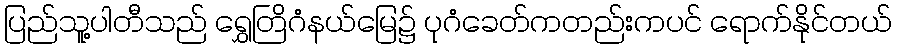
ပြည်သူ့ပါတီသည် ရွှေတြိဂံနယ်မြေ၌ ပုဂံခေတ်ကတည်းကပင် ရောက်နိုင်တယ်